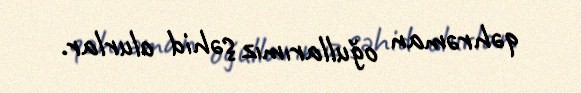
qəhrəman oğullarımız şəhid olurlar.